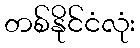
တစ်နိုင်ငံလုံး